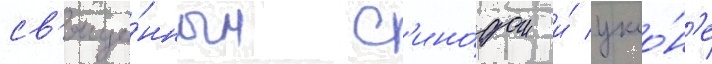
св'яще́нным с'ино́дом и́ укло́н'е